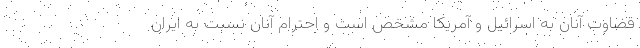
قضاوت آنان به اسرائیل و آمریکا مشخص است و احترام آنان نسبت به ایران